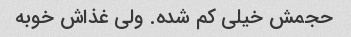
حجمش خیلی کم شده. ولی غذاش خوبه